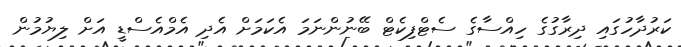
ކަރުދާހުގައި ދިރާގުގެ ހިއްސާގެ ސެޓްފިކެޓް ބޭނުންނަމަ އެކަމަށް އެދި އެމްއެސްޑީ އަށް ލިޔުމުން